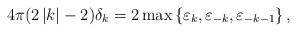
LaTeX: \begin{align*}4\pi(2\left\vert k\right\vert -2)\delta_{k}=2\max\left\{ \varepsilon_{k},\varepsilon_{-k},\varepsilon_{-k-1}\right\} , \end{align*}